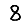
Digit: 8